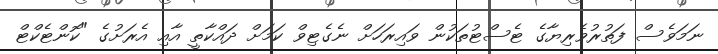
ނަމަވެސް ފަތުރުވެރިޔާގެ ޓެސްޓުތަކުން ވައިރަހަށް ނެގެޓިވް ކަމަށް ދައްކާތީ އާއި އެރަށުގެ "ކޮންޓެކްޓް